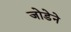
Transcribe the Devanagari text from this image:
जोडेने